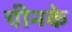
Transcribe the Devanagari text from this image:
चीनके